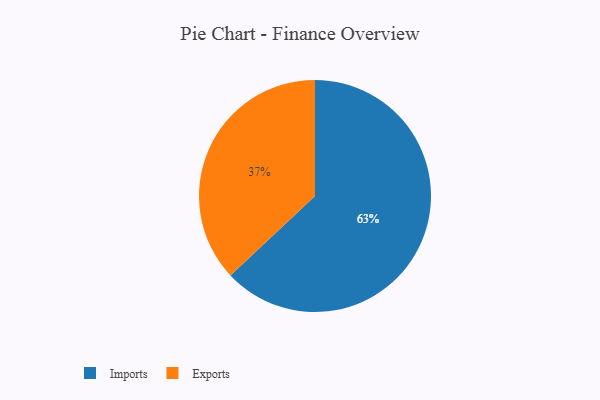
{"axis": {"x": "Category", "y": "Percentage"}, "legend": ["Exports", "Imports"], "data": [{"x": "Exports", "y": 37, "type": "Exports"}, {"x": "Imports", "y": 63, "type": "Imports"}]}